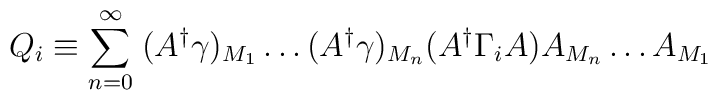
Q_{i} \equiv \sum_{n=0}^{\infty} \; (A^{\dagger} \gamma)_{M_{1}} \ldots (A^{\dagger}\gamma)_{M_{n}}(A^{\dagger} \Gamma_{i} A)A_{M_{n}} \ldots A_{M_{1}}